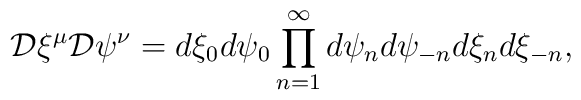
{\cal D}\xi^\mu {\cal D} \psi ^\nu = d\xi_0 d\psi _0 \prod_{n =1}^{\infty}d\psi _n d\psi _{-n} d\xi_n d\xi_{-n} ,